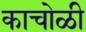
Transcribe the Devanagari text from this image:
काचोळी